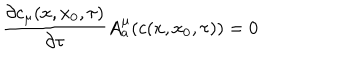
LaTeX: \frac { \partial c _ { \mu } ( x , x _ { 0 } , \tau ) } { \partial \tau } A _ { a } ^ { \mu } ( c ( x , x _ { 0 } , \tau ) ) = 0